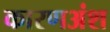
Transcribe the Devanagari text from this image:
कारणअंश